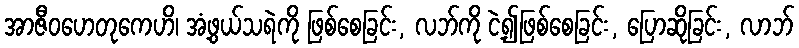
အာဇီဝဟေတုကေဟိ၊ အံ့ဖွယ်သရဲကို ဖြစ်စေခြင်း, လဘ်ကို ငဲ့၍ဖြစ်စေခြင်း, ပြောဆိုခြင်း, လာဘ်